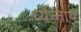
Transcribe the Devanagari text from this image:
थ्यॅन्ताय